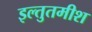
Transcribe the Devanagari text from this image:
इल्तुतमीश